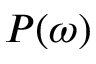
P ( \omega )